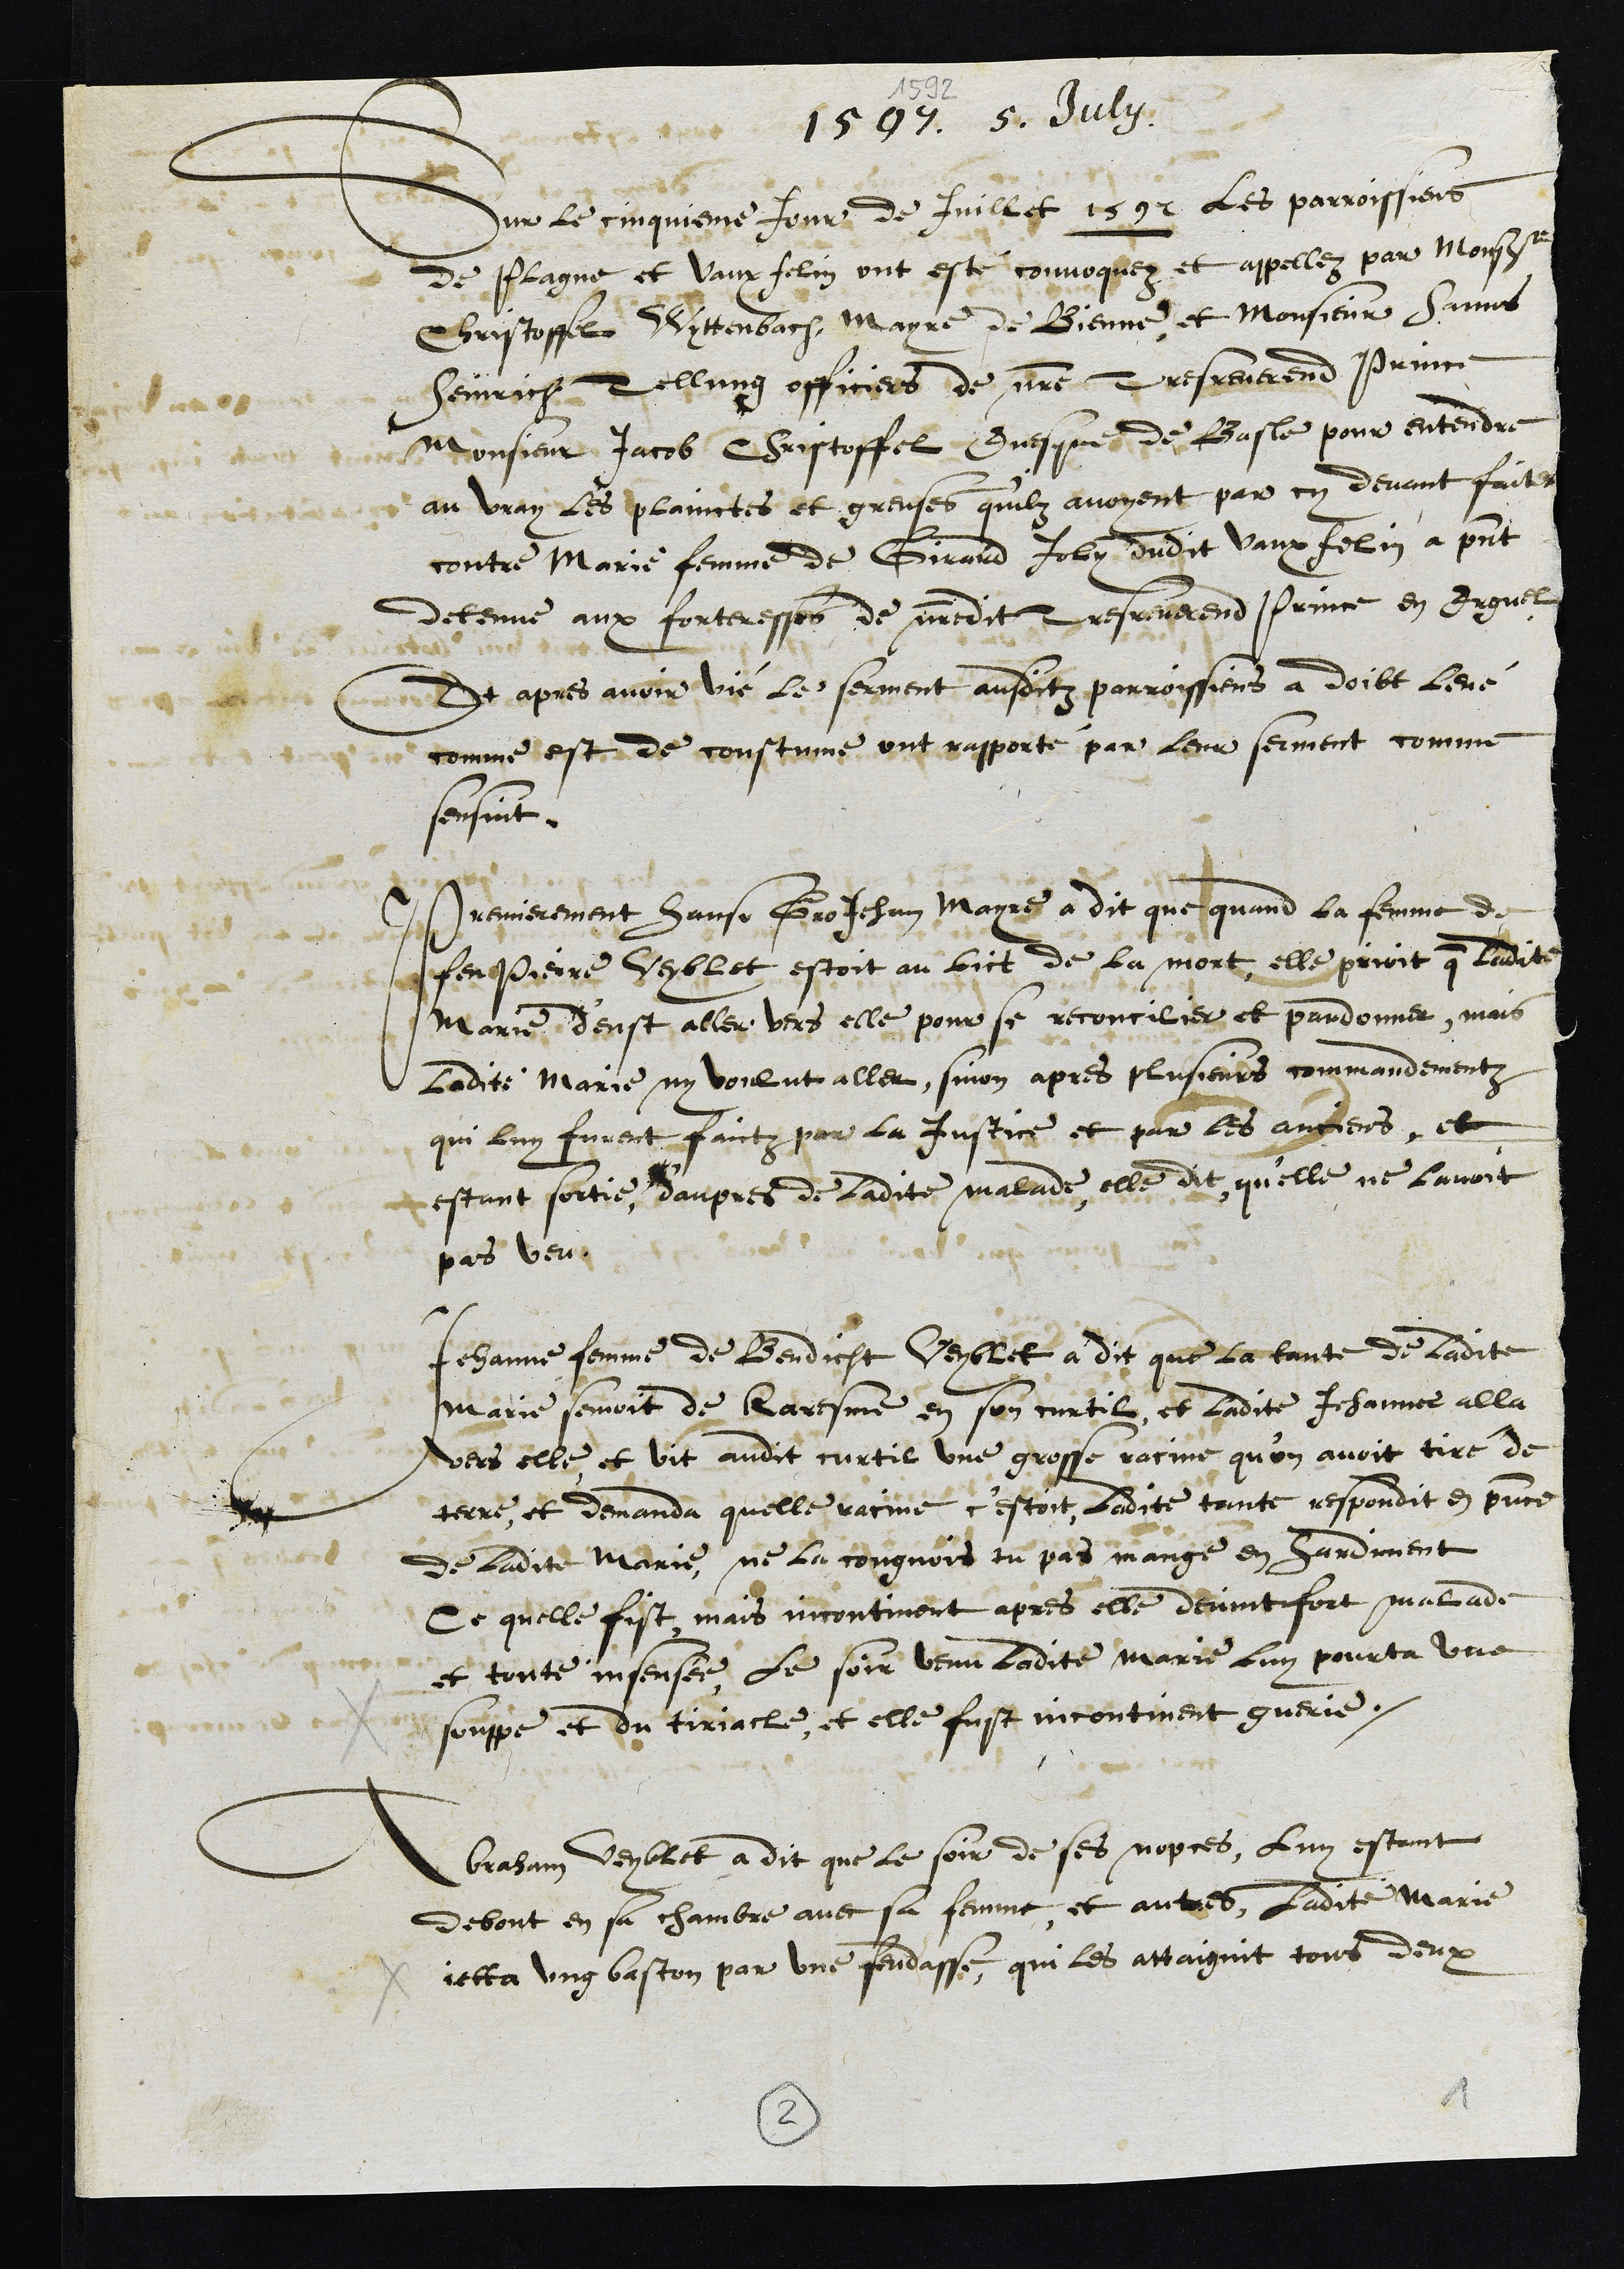
1592
1597 5. July.
Sur le cinquieme Jour de Juillet 1592 les parroissiens
de Plagne et Vaux felin ont esté convoquez et appellez par Monsre
Christoffel Wyttenbach Mayre de Bienne et Monsieur Hanns
Heinrich Tellung officiers de nostre Tres reverend Prince
Monsieur Jacob Christoffel Evesque de Basle pour entendre
au vray les plainctes et greuses quilz avoyent par cy devant faites
contre Marie femme de Girard Joly dudit Vaux Felin a present
detenue aux forteresses de nostredit Tres reverend Prince en Erguel
Et apres avoir vié le serment ausditz parroissiens a doibt levé
comme est de coustume ont rapporté par leur serment comme
sensuit.
Premierement Hanso GroJehan Mayre a dit que quand la femme de
feu Pierre Veyblet estoit au lict de la mort, elle prioit que ladite
Marie d'eust aller vers elle pour se reconcilier et pardonner, mais
ladite Marie ny voulut aller, sinon apres plusieurs commandementz
qui luy furent faictz par la justice et par les anciens, et
estant sortie d'aupres de ladite malade, elle dit qu'elle ne lavoit
pas veu.
Jehanne femme de Bendicht Veyblet a dit que la tante de ladite
marie semoit de Caresme en son curtilz, et ladite Jehanne alla
vers elle, et vit audit curtil une grosse racine qu'on avoit tiré de
terre, et demanda quelle racine c'estoit, ladite tante respondit en presence
de ladite Marie, ne la congnois tu pas mange en hardiment
Ce quelle fist, mais incontinant apres elle devint fort malade
et toute insensée, le soir venu ladite Marie luy pourta une
souppe et du tiracle, et elle fust incontinent guerie.
Abraham Veyblet a dit que le soir de ses nopces, luy estant
debout en sa chambre avec sa femme et autres, ladite Marie
jetta ung baston par une fendasse, qui les attaignit tous deux
2
1